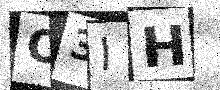
Text: O3IH